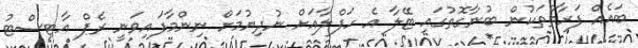
ބައެއް ފަރާތްތަކުން ބުނާގޮތުގައި ޓޭލާ އެ ހަފްލާއަށް ނުދިޔުމަށް ނިންމާފައިވަނީ ރެޕް އާޓިސްޓު